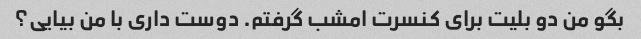
بگو من دو بلیت برای کنسرت امشب گرفتم. دوست داری با من بیایی؟